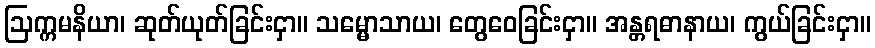
ဩက္ကမနိယာ၊ ဆုတ်ယုတ်ခြင်းငှာ။ သမ္မောသာယ၊ တွေဝေခြင်းငှာ။ အန္တရဓာနာယ၊ ကွယ်ခြင်းငှာ။